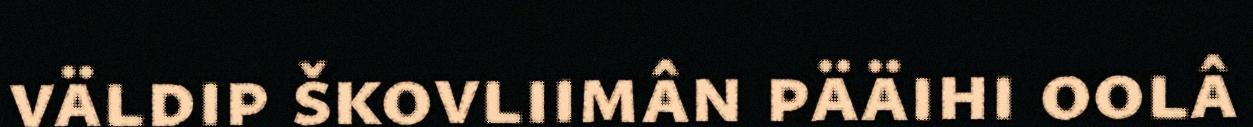
väldip škovliimân pääihi oolâ